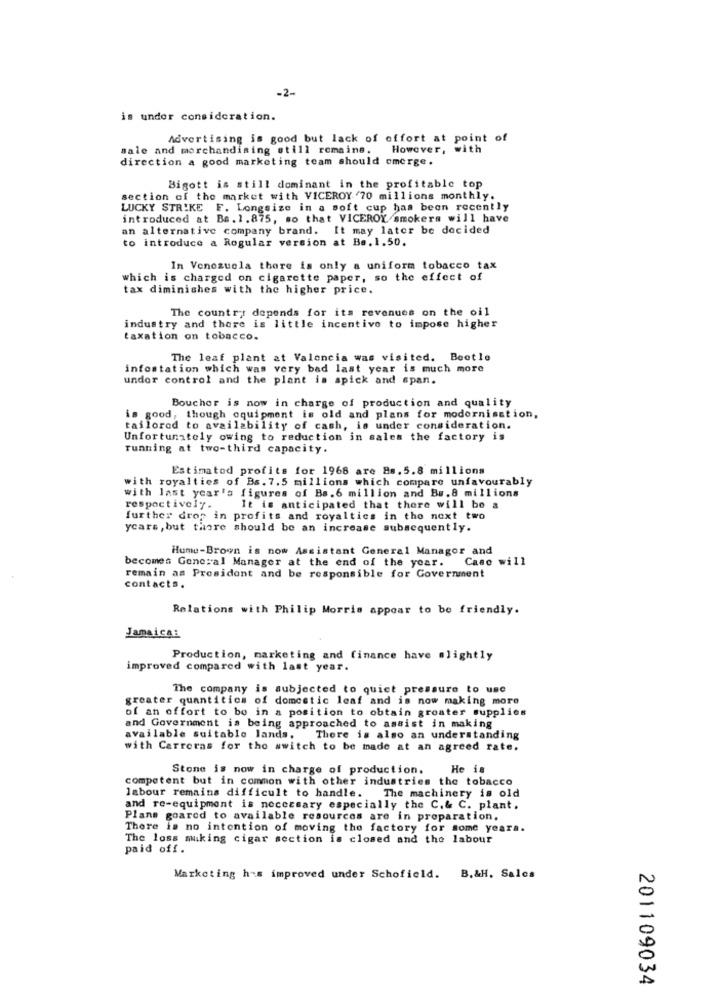
-2-
is under consideration.
Advertising is good but lack of effort at point of
sale and morchandising still remains.
However, with
direction a good marketing team should emerge.
Bigott is still dominant in the profitable top
section of the market with VICEROY 70 millions monthly.
LUCKY STRIKE F. Longsize in a soft cup has been recently
introduced at Bs. 1.875, so that VICEROY smokers will have
an alternative company brand. It may later be decided
to introduce a Regular version at Ba. 1.50.
In Venezuela there is only a uniform tobacco tax
which is charged on cigarette paper, so the effect of
tax diminishes with the higher price.
The countryt depends for its revenues on the oil
industry and there is little incentivo to impose higher
taxation on tobacco.
The leaf plant at Valencia was visited. Beetle
infestation which was very bad last year is much more
under control and the plant is spick and span.
Boucher is now in charge of production and quality
is good, though equipment is old and plans for modernisation,
tailored to availability of cash, is under consideration.
Unfortunately owing to reduction in sales the factory is
running at two-third capacity.
Estimatod profits for 1968 are Bs.5.8 millions
with royalties of Bs. 7.5 millions which compare unfavourably
with last year's figures of Bs.6 million and Bs.8 millions
respectively.
It is anticipated that there will be a
further drop in profits and royalties in the next two
ycars, but there should be an increase subsequently.
Hume-Brown is now Assistant General Manager and
becomes General Manager at the end of the year. Case will
remain as President and be responsible for Government
contacts.
Relations with Philip Morris appear to be friendly.
Jamaica:
Production, marketing and finance have slightly
improved compared with last year.
The company is subjected to quiet pressure to use
greater quantities of domestic leaf and is now making more
of an offort to be in a position to obtain greater supplies
and Government is being approached to assist in making
available suitable lands,
There is also an understanding
with Carreras for the switch to be made at an agreed rate.
Stone is now in charge of production.
He is
competent but in common with other industries the tobacco
labour remains difficult to handle. The machinery is old
and re-equipment is necessary especially the C.& C. plant.
Plans goared to available resources are in preparation.
There is no intention of moving the factory for some yeara.
The loss muking cigar section is closed and the labour
paid off.
Marketing has improved under Schofield. B.&H. Salcs
201109034